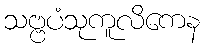
သဗ္ဗပံသုကူလိကေန